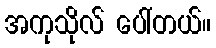
အကုသိုလ် ပေါ်တယ်။